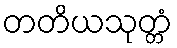
တတိယသုတ္တံ